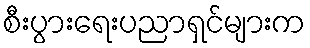
စီးပွားရေးပညာရှင်များက